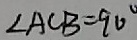
\angle A C B = 9 0 ^ { \circ }